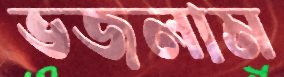
ভজলাম